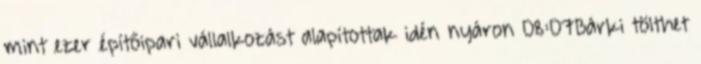
mint ezer építőipari vállalkozást alapítottak idén nyáron 08:07Bárki tölthet